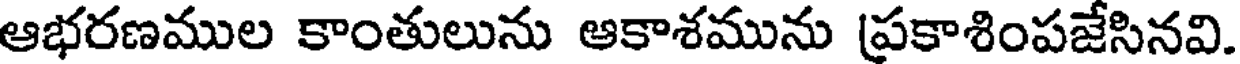
ఆభరణముల కాంతులును ఆకాశమును (ప్రకాశింపజేసినవి.